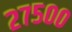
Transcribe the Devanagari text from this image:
२७५००